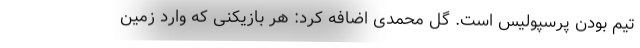
تیم بودن پرسپولیس است. گل محمدی اضافه کرد:‌ هر بازیکنی که وارد زمین